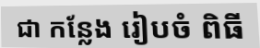
ជា កន្លែង រៀបចំ ពិធី